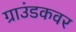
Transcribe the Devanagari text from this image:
ग्राउंडकवर